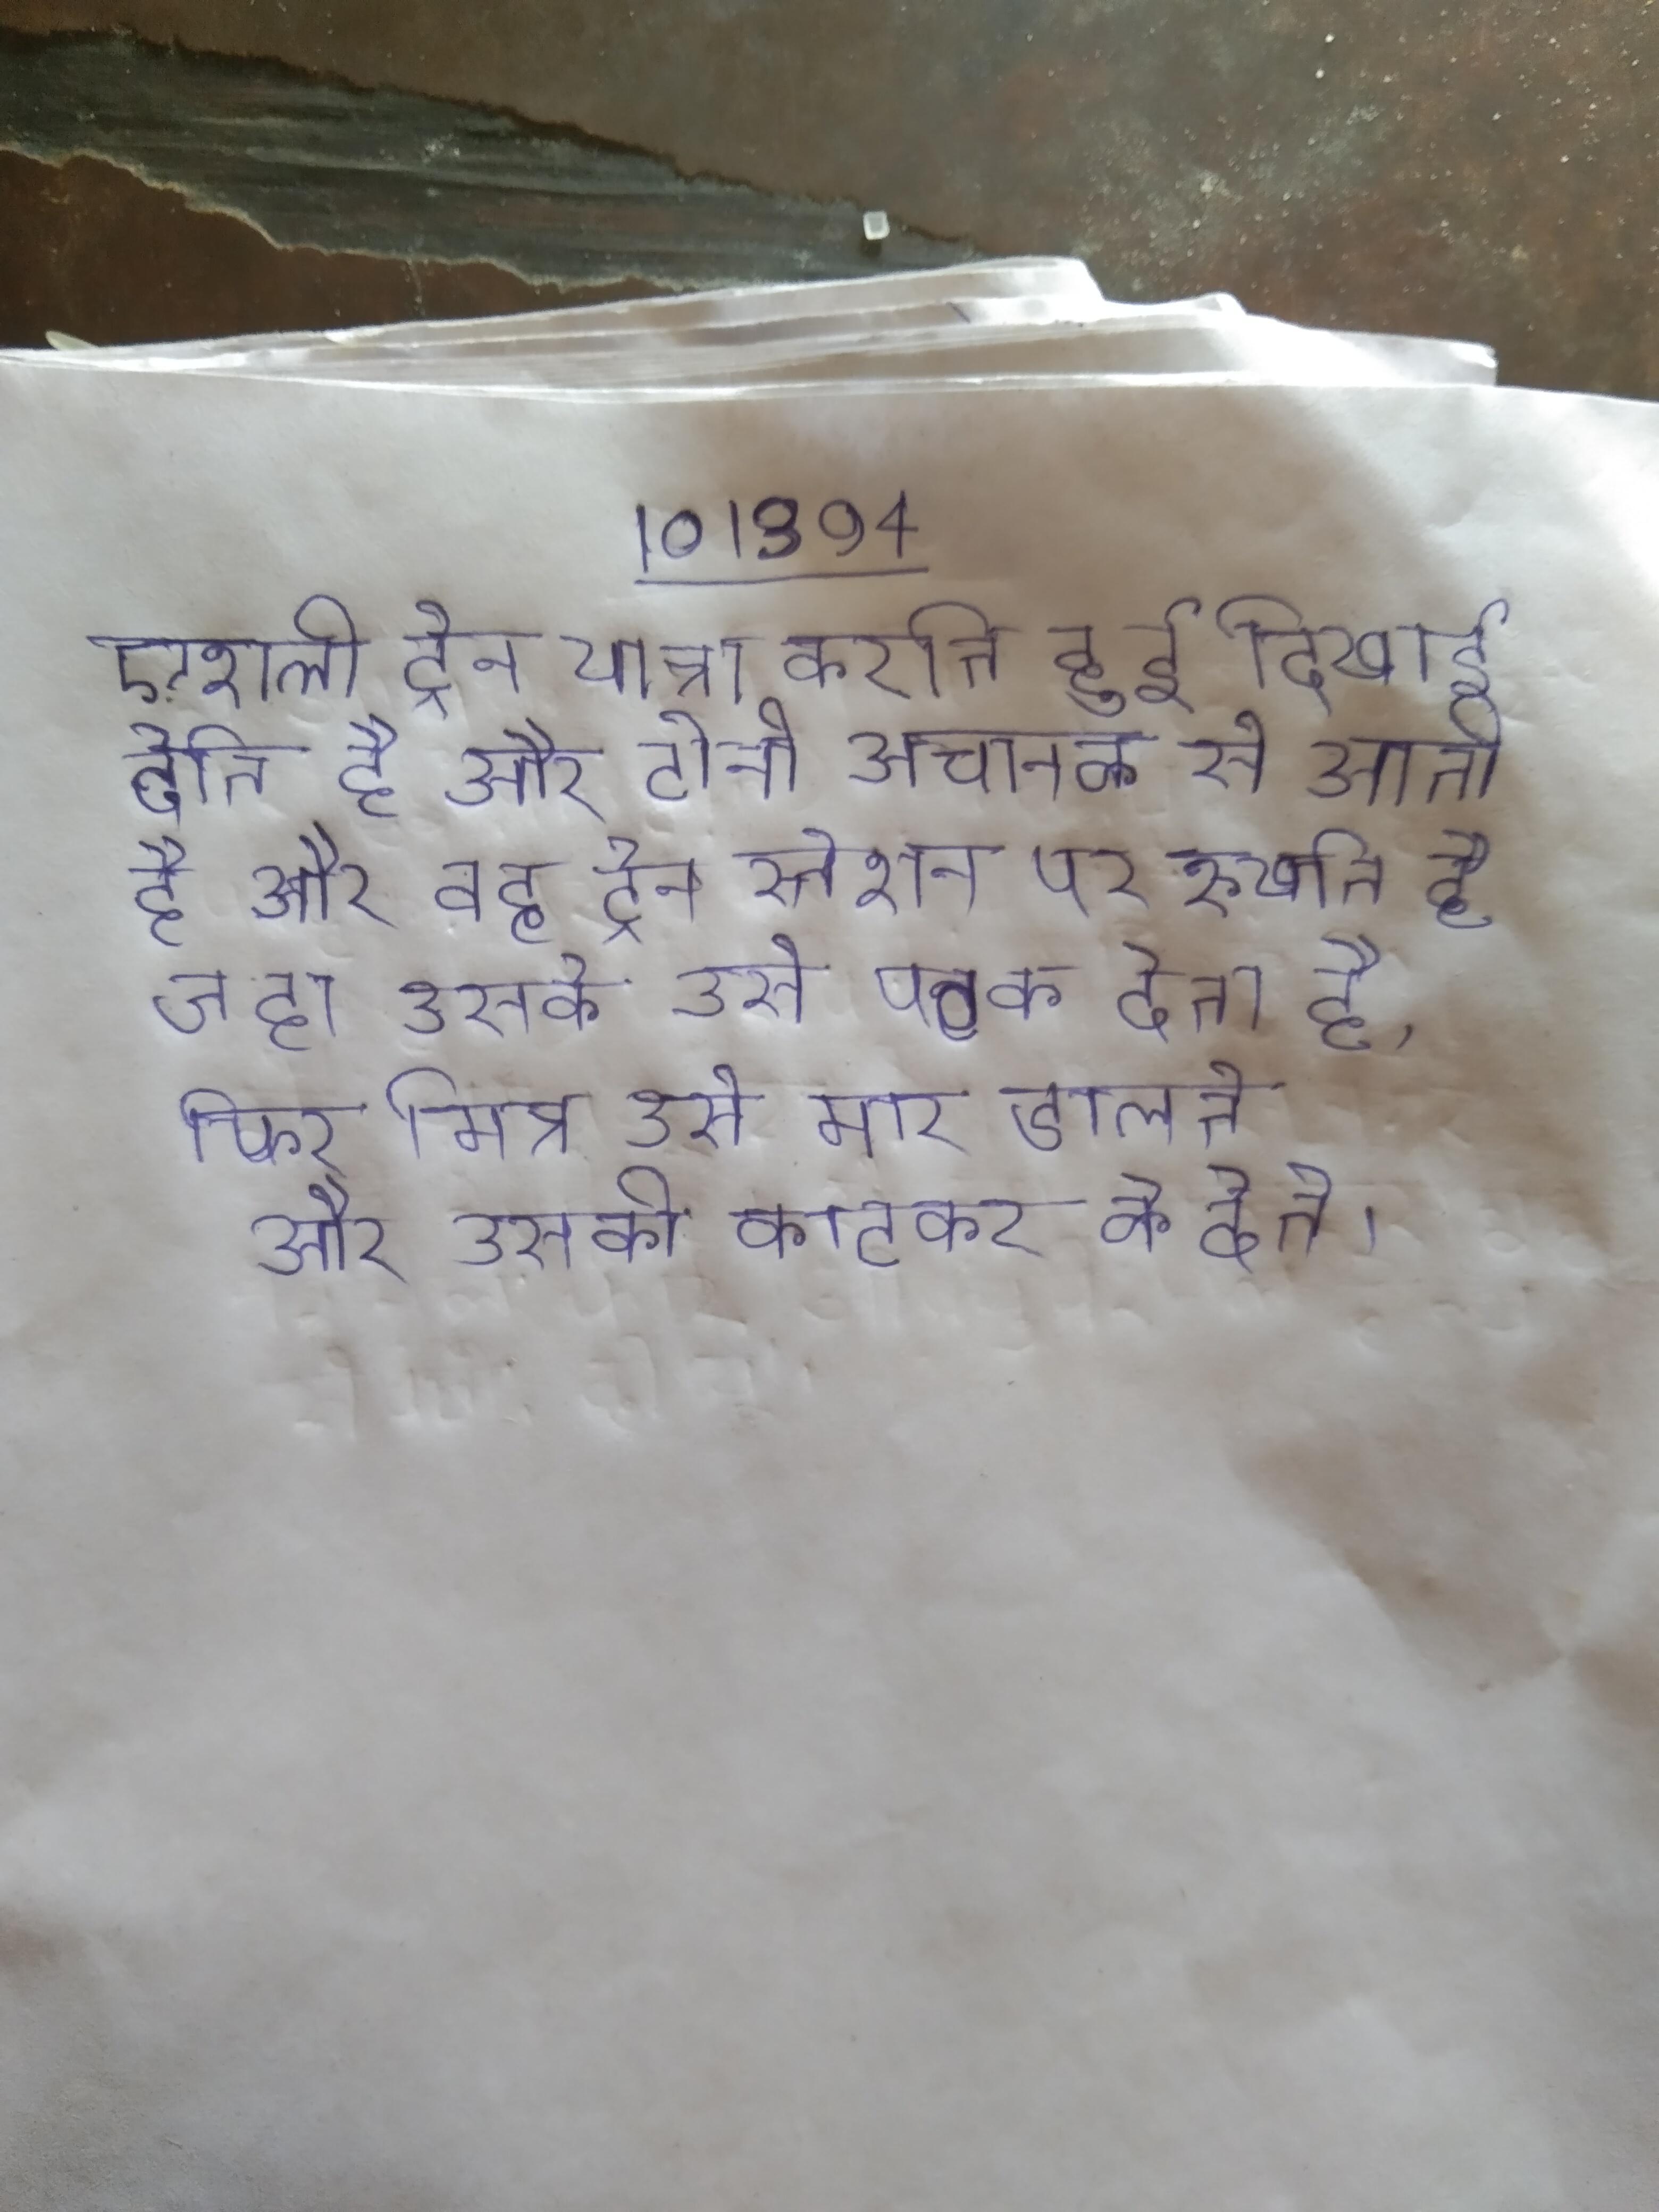
एशली ट्रेन यात्रा करति हुई दिखाई देति है और टोनी अचानक से आती है और वह ट्रेन स्तेशन पर रुखति है जहा उसके पिता रहते थे । उसकी उसे पटक देता है, फिर मित्र उसे मार डालते और उसकी काटकर के देते ।